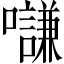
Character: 𡄫